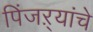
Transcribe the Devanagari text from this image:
पिंजऱ्यांचे